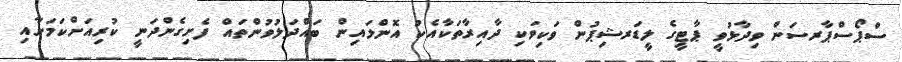
ސްޕޯސްޕާރސަން ވިދާޅުވީ ޕާޓީގެ ލީޑަރޝިޕުން ވަކިވަކި ދާއިރާތަކާއެކު އޮންލައިން ބައްދަލުވުންތައް ފެށިގެންދަނީ ކުރިއަށްކަމަށާއި